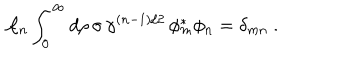
LaTeX: { \cal A } _ { n } \int _ { 0 } ^ { \infty } d \rho \, \sigma \, \gamma ^ { ( n - 1 ) / 2 } \, \phi _ { m } ^ { \ast } \phi _ { n } = \delta _ { m n } ~ .